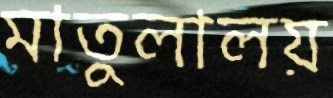
মাতুলালয়